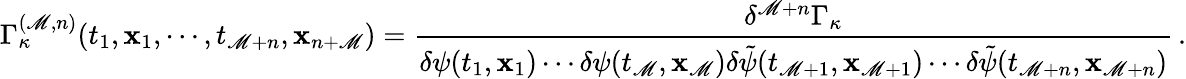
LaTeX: \Gamma_{\kappa}^{(\mathscr{M},n)}(t_{1},{\mathbf{x}}_{1},\cdots,t_{\mathscr{M}+n},{\mathbf{x}}_{n+\mathscr{M}})=\frac{{\delta^{\mathscr{M}+n}\Gamma_{\kappa}}}{{\delta\psi(t_{1},{\mathbf{x}}_{1})\cdots\delta\psi(t_{\mathscr{M}},{\mathbf{x}}_{\mathscr{M}})\delta\tilde{{\psi}}(t_{\mathscr{M}+1},{\mathbf{x}}_{\mathscr{M}+1})\cdots\delta\tilde{{\psi}}(t_{\mathscr{M}+n},{\mathbf{x}}_{\mathscr{M}+n})}}\, .